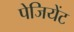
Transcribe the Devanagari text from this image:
पेजियेंट